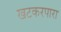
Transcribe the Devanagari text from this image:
खटकरपारा